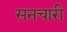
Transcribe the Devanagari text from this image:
सनचारी